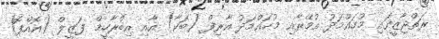
ރަތްޖާޒީގައި މުހައްމަދު އުމޭރާއި މުހައްމަދު އާރިފް (ބަކާ) އާއި އިބްރާހީމް ފަޒީލް (އޮއްޕޮ)